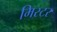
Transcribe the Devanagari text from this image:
मिस्‍टर